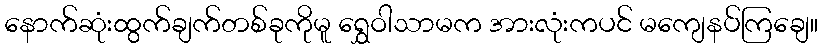
နောက်ဆုံးထွက်ချက်တစ်ခုကိုမူ ရွှေဝါသာမက အားလုံးကပင် မကျေနပ်ကြချေ။